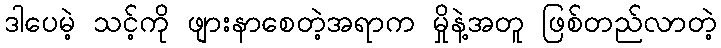
ဒါပေမဲ့ သင့်ကို ဖျားနာစေတဲ့အရာက မှိုနဲ့အတူ ဖြစ်တည်လာတဲ့